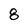
Character: 8